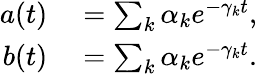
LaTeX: \begin{array}{rl}{a(t)}&{{}=\sum_{k}\alpha_{k}e^{-\gamma_{k}t},}\\ {b(t)}&{{}=\sum_{k}\alpha_{k}e^{-\gamma_{k}t}.}\end{array}